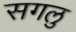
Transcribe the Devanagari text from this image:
सगलु